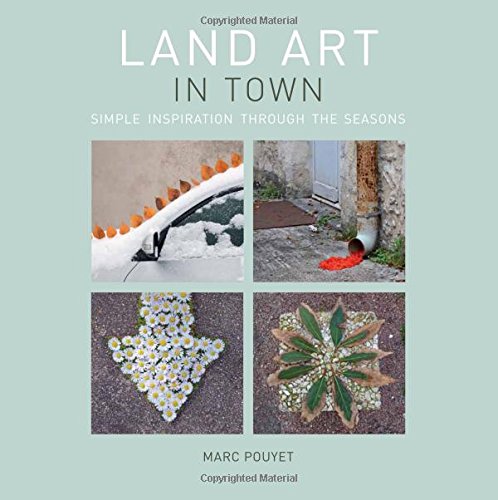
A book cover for Land Art in Town: Simple Inspiration Through the Seasons; Marc Pouyet; Arts & Photography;